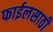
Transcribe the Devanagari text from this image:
फाईलसाठी